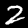
Label: 2